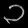
Digit: ၁